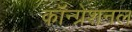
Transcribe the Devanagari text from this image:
कॉन्ग्रेशनल